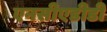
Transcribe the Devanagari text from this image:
एनसीएडीडी